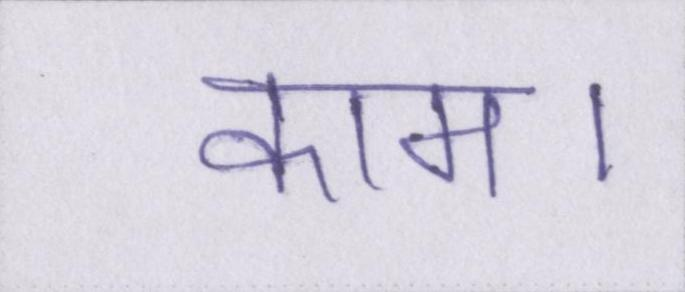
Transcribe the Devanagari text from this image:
काम।